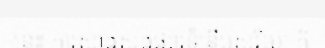
នេះ ការសាងសង់ផ្សារទំនើបសូរិយា ក៏